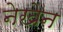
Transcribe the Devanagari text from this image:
नेखेन